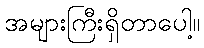
အများကြီးရှိတာပေါ့။